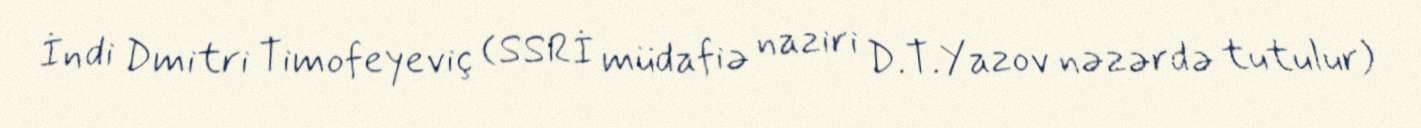
İndi Dmitri Timofeyeviç (SSRİ müdafiə naziri D.T.Yazov nəzərdə tutulur)